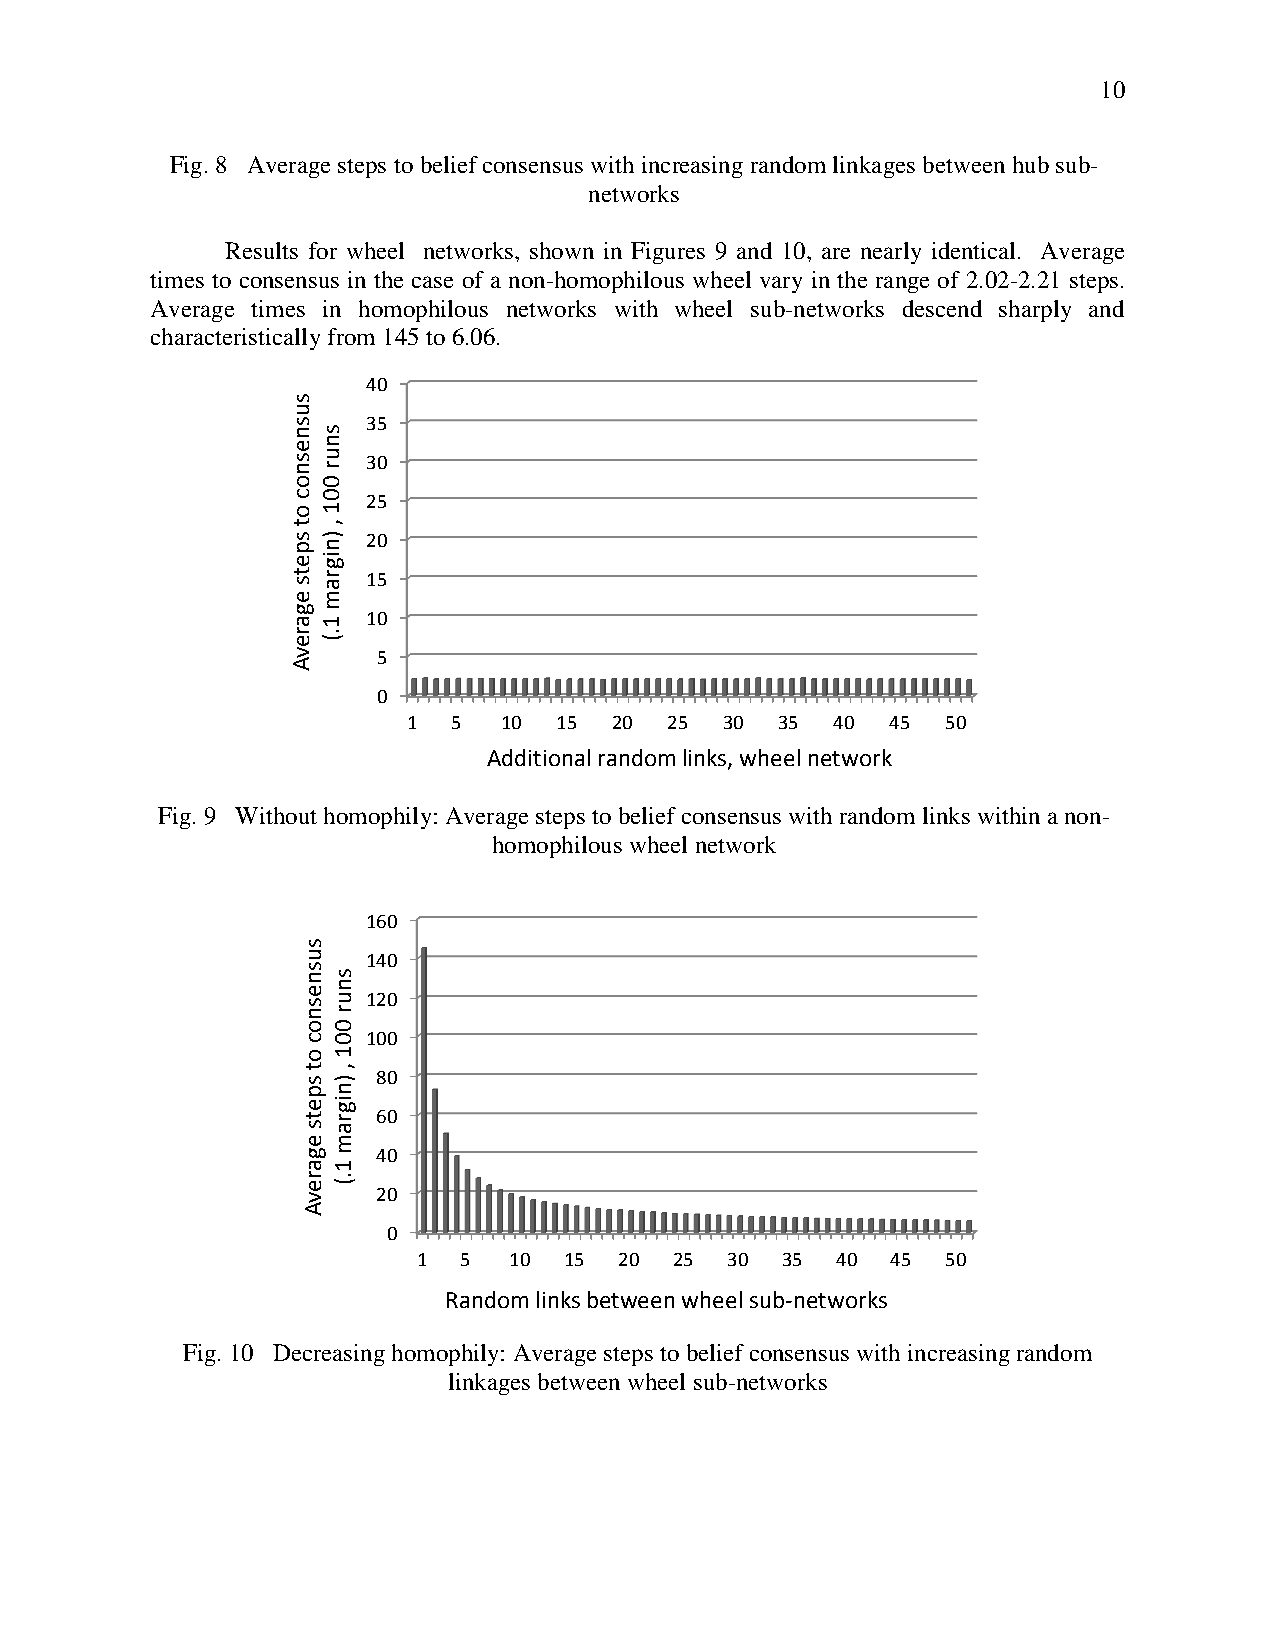
10
 Fig. 8 Average steps to belief consensus with increasing random linkages between hub sub-
 networks
 Results for wheel networks, shown in Figures 9 and 10, are nearly identical. Average
 times to consensus in the case of a non-homophilous wheel vary in the range of 2.02-2.21 steps.
 Average times in homophilous networks with wheel sub-networks descend sharply and
 characteristically from 145 to 6.06.
 40
 35
 30
 25
 20
 15
 10
 5
 0
 1  5  10  15  20 25  30  35 40  45  50
 Additional random links, wheel network
 Fig. 9 Without homophily: Average steps to belief consensus with random links within a non-
 homophilous wheel network
 160
 140
 120
 100
 80
 60
 40
 20
 0
 1  5  10 15  20  25 30  35 40  45  50
 Random links between wheel sub-networks
 Fig. 10 Decreasing homophily: Average steps to belief consensus with increasing random
 linkages between wheel sub-networks
 susnesnoc
 ot
 spets
 egarevA
 susnesnoc
 ot
 spets
 egarevA
 snur
 001
 ,
 )nigram
 1.(
 snur
 001
 ,
 )nigram
 1.(